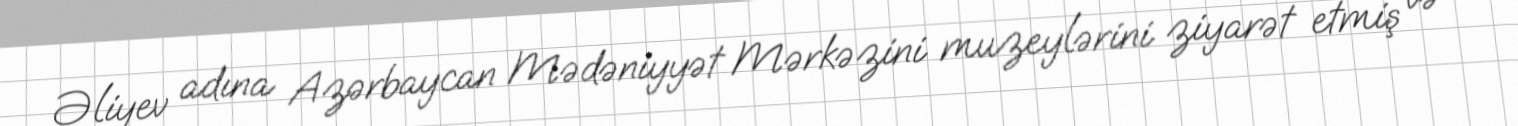
Əliyev adına Azərbaycan Mədəniyyət Mərkəzini muzeylərini ziyarət etmiş və